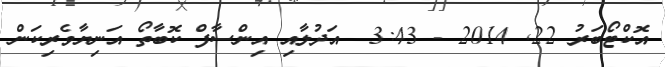
އޮކްޓޯބަރު 22